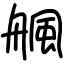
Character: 䑺